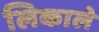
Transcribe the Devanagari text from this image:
लिकाले